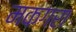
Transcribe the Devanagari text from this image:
मकगरा